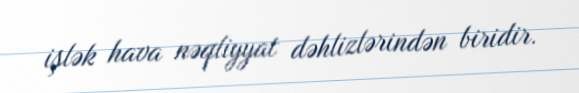
işlək hava nəqliyyat dəhlizlərindən biridir.